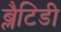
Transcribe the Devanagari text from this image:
ब्लैटिडी